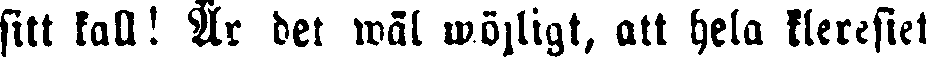
sitt kall! Är det wäl möjligt, att hela kleresiet